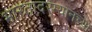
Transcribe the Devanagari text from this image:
भारतादरम्यानच्या